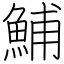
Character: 鯆